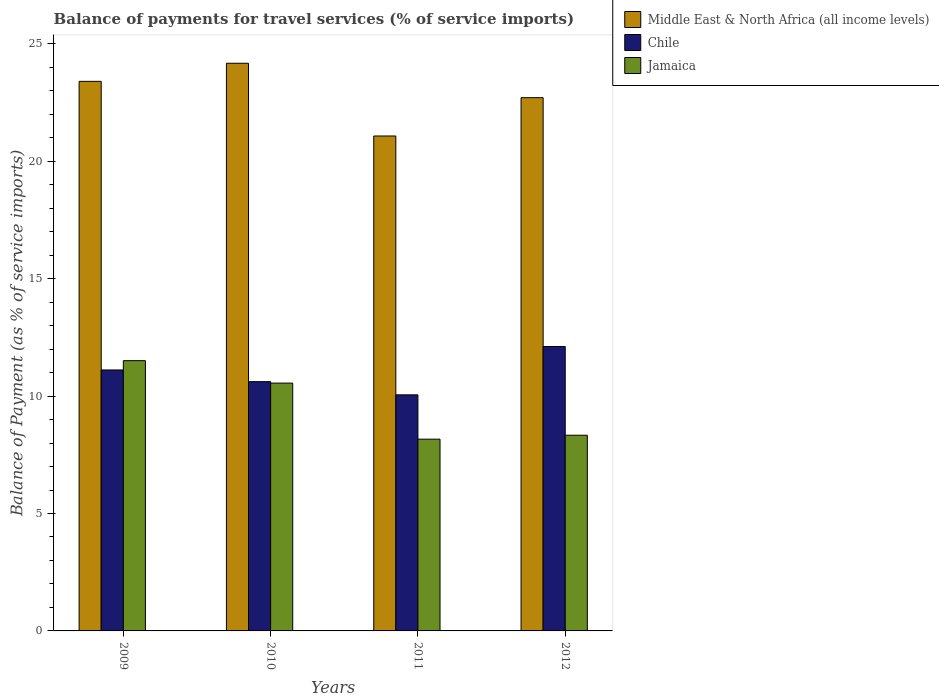
| Years | Middle East & North Africa (all income levels) | Chile | Jamaica |
 | --- | --- | --- | --- |
 | 2009 | 23.4 | 11.1 | 11.5 |
 | 2010 | 24.2 | 10.6 | 10.6 |
 | 2011 | 21.1 | 10.1 | 8.17 |
 | 2012 | 22.7 | 12.1 | 8.33 |